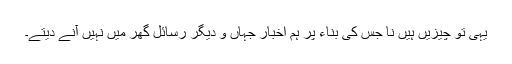
یہی تو چیزیں ہیں نا جس کی بناء پر ہم اخبار جہاں و دیگر رسائل گھر میں نہیں آنے دیتے۔